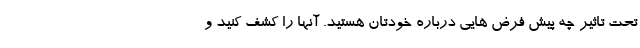
تحت تاثیر چه پیش فرض هایی درباره خودتان هستید. آنها را کشف کنید و